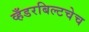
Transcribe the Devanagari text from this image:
व्हँडरबिल्टचेच